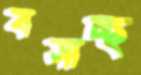
বসাচ্ছ